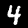
Label: 4